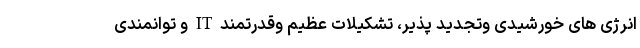
انرژی های خورشیدی وتجدید پذیر، تشکیلات عظیم وقدرتمند IT و توانمندی